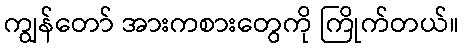
ကျွန်တော် အားကစားတွေကို ကြိုက်တယ်။